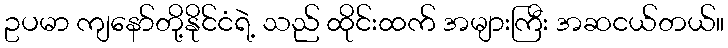
ဥပမာ ကျနော်တို့နိုင်ငံရဲ့ သည် ထိုင်းထက် အများကြီး အဆငယ်တယ်။